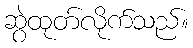
ဆွဲထုတ်လိုက်သည်။